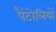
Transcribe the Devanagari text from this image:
पैंटोलियों